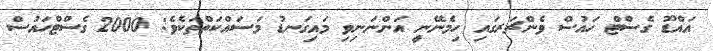
އައްޑޫ ގެސްޓް ހައުސް ވެންޗަރގައި ހިމެނޭނީ އަންނަނިވި މައިގަނޑު މަސައްކަތްތަކެވެ: 2000 ގެސްޓްހައުސް